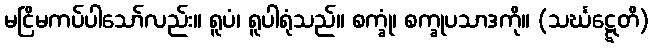
မငြိမကပ်ပါသော်လည်း။ ရူပံ၊ ရူပါရုံသည်။ စက္ခုံ၊ စက္ခုပသာဒကို။ (သင်္ဃဋ္ဋေတိ)